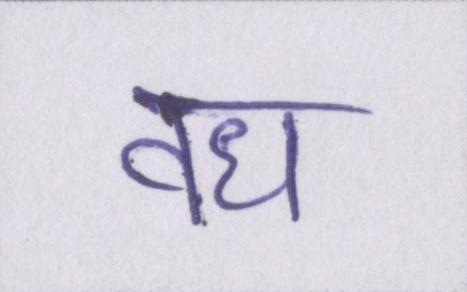
वध